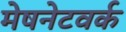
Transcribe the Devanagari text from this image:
मेषनेटवर्क